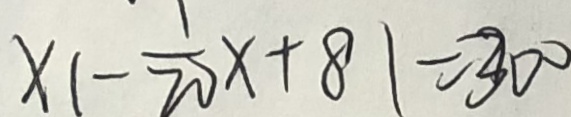
x _ { 1 } - \frac { 1 } { 2 0 } x + 8 1 = 3 0 0